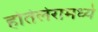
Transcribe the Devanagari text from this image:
होतेलेरामध्ये